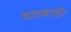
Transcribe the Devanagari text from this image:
भाटवाड़ी